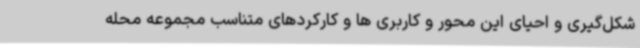
شکل‌گیری و احیای این محور و کاربری ها و کارکردهای متناسب مجموعه محله